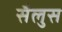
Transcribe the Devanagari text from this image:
सैलुस